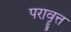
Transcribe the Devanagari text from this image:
परावॄत्त